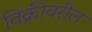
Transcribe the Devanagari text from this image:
विक्रीवरील